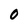
Character: 0